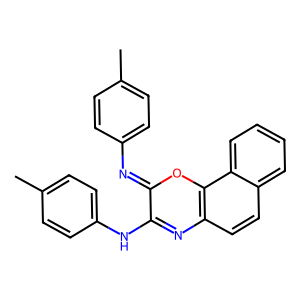
SMILES: Cc1ccc(N=c2oc3c(ccc4ccccc43)nc2Nc2ccc(C)cc2)cc1
Inhibits HIV replication: No